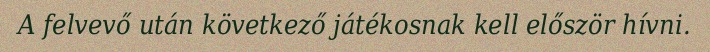
A felvevő után következő játékosnak kell először hívni.